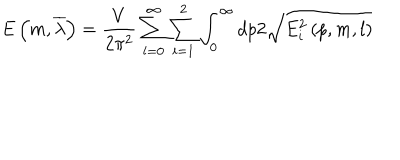
E \left( m , \overline { { { \lambda } } } \right) = \frac V { 2 \pi ^ { 2 } } \sum _ { l = 0 } ^ { \infty } \sum _ { i = 1 } ^ { 2 } \int _ { 0 } ^ { \infty } d p 2 \sqrt { E _ { i } ^ { 2 } \left( p , m , l \right) }